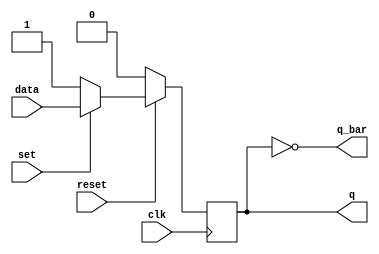
module DFF_syn(input data, clk, reset, set,
		output reg q,
		output q_bar);

not (q_bar, q);

always @ (posedge clk)
begin
if (reset == 0) q <= 1'b0;
else if (set == 0) q <= 1'b1;
else q <= data;
end

endmodule